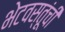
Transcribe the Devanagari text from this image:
भेटवस्तूंची